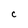
Character: C